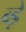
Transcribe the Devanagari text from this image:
ब्ड़े